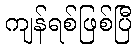
ကျန်ရစ်ဖြစ်ပြီ